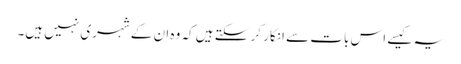
یہ کیسے اس بات سے انکار کر سکتے ہیں کہ وہ ان کے شہری نہیں ہیں۔